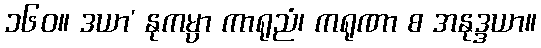
၁၆၀။ ဒယာ’ နုကမ္ပာ ကာရုညံ၊ ကရုဏာ စ အနုဒ္ဒယာ။